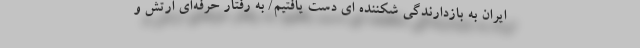
ایران به بازدارندگی شکننده ای دست یافتیم/ به رفتار حرفه‌ای ارتش و